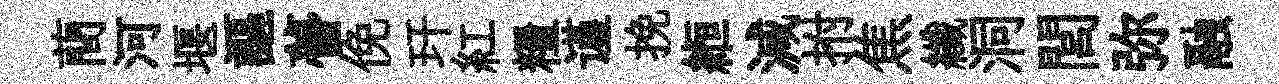
蕳河堰謳瞢俛玕紅糧谨挽縆減拊焦纖洞閭弥融